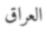
العراق